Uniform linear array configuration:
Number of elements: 8
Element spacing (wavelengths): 0.5
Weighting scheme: cosine
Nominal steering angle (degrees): -30
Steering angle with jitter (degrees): -31.071
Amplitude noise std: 0.05
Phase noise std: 0.05

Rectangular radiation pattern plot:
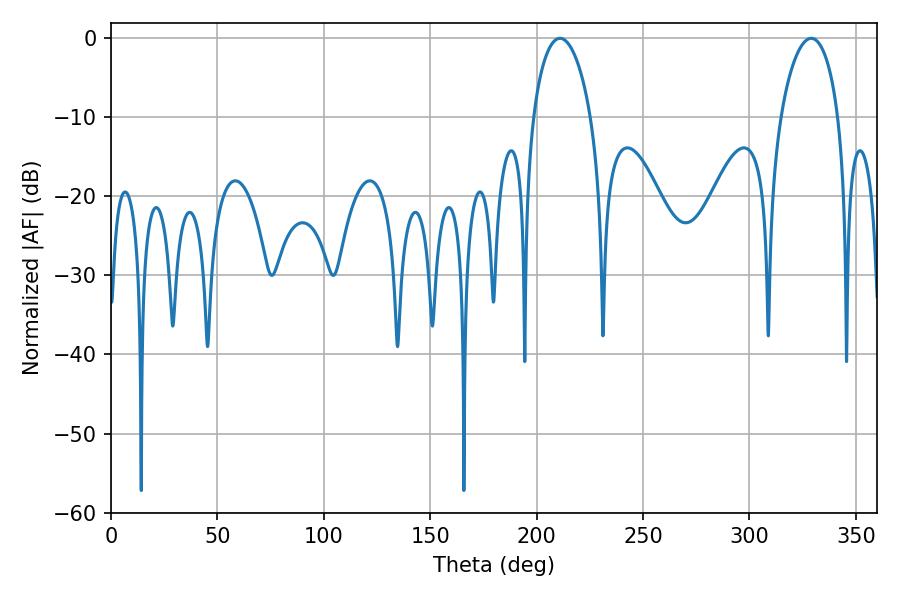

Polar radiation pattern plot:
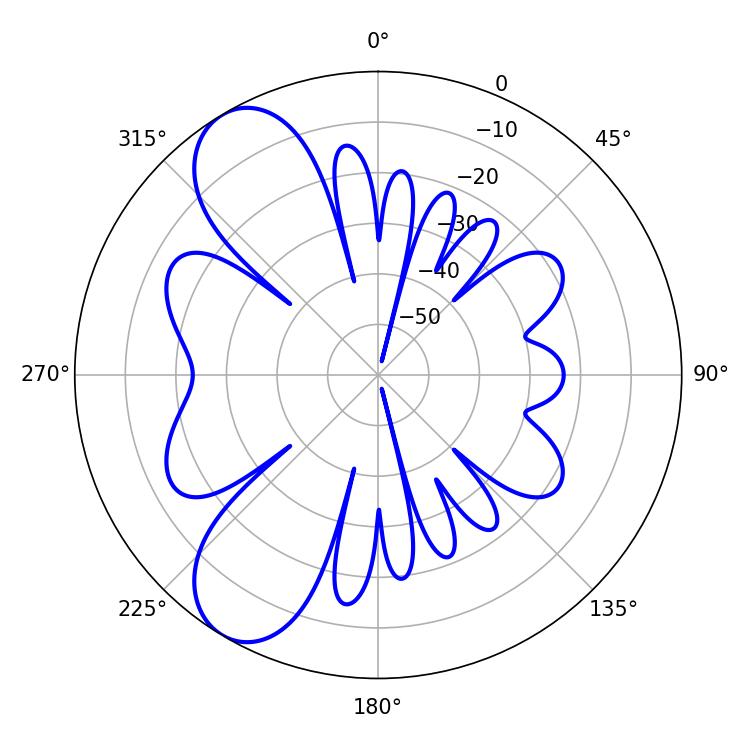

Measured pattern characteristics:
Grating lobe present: FALSE
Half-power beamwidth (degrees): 15.48
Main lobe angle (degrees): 210.96